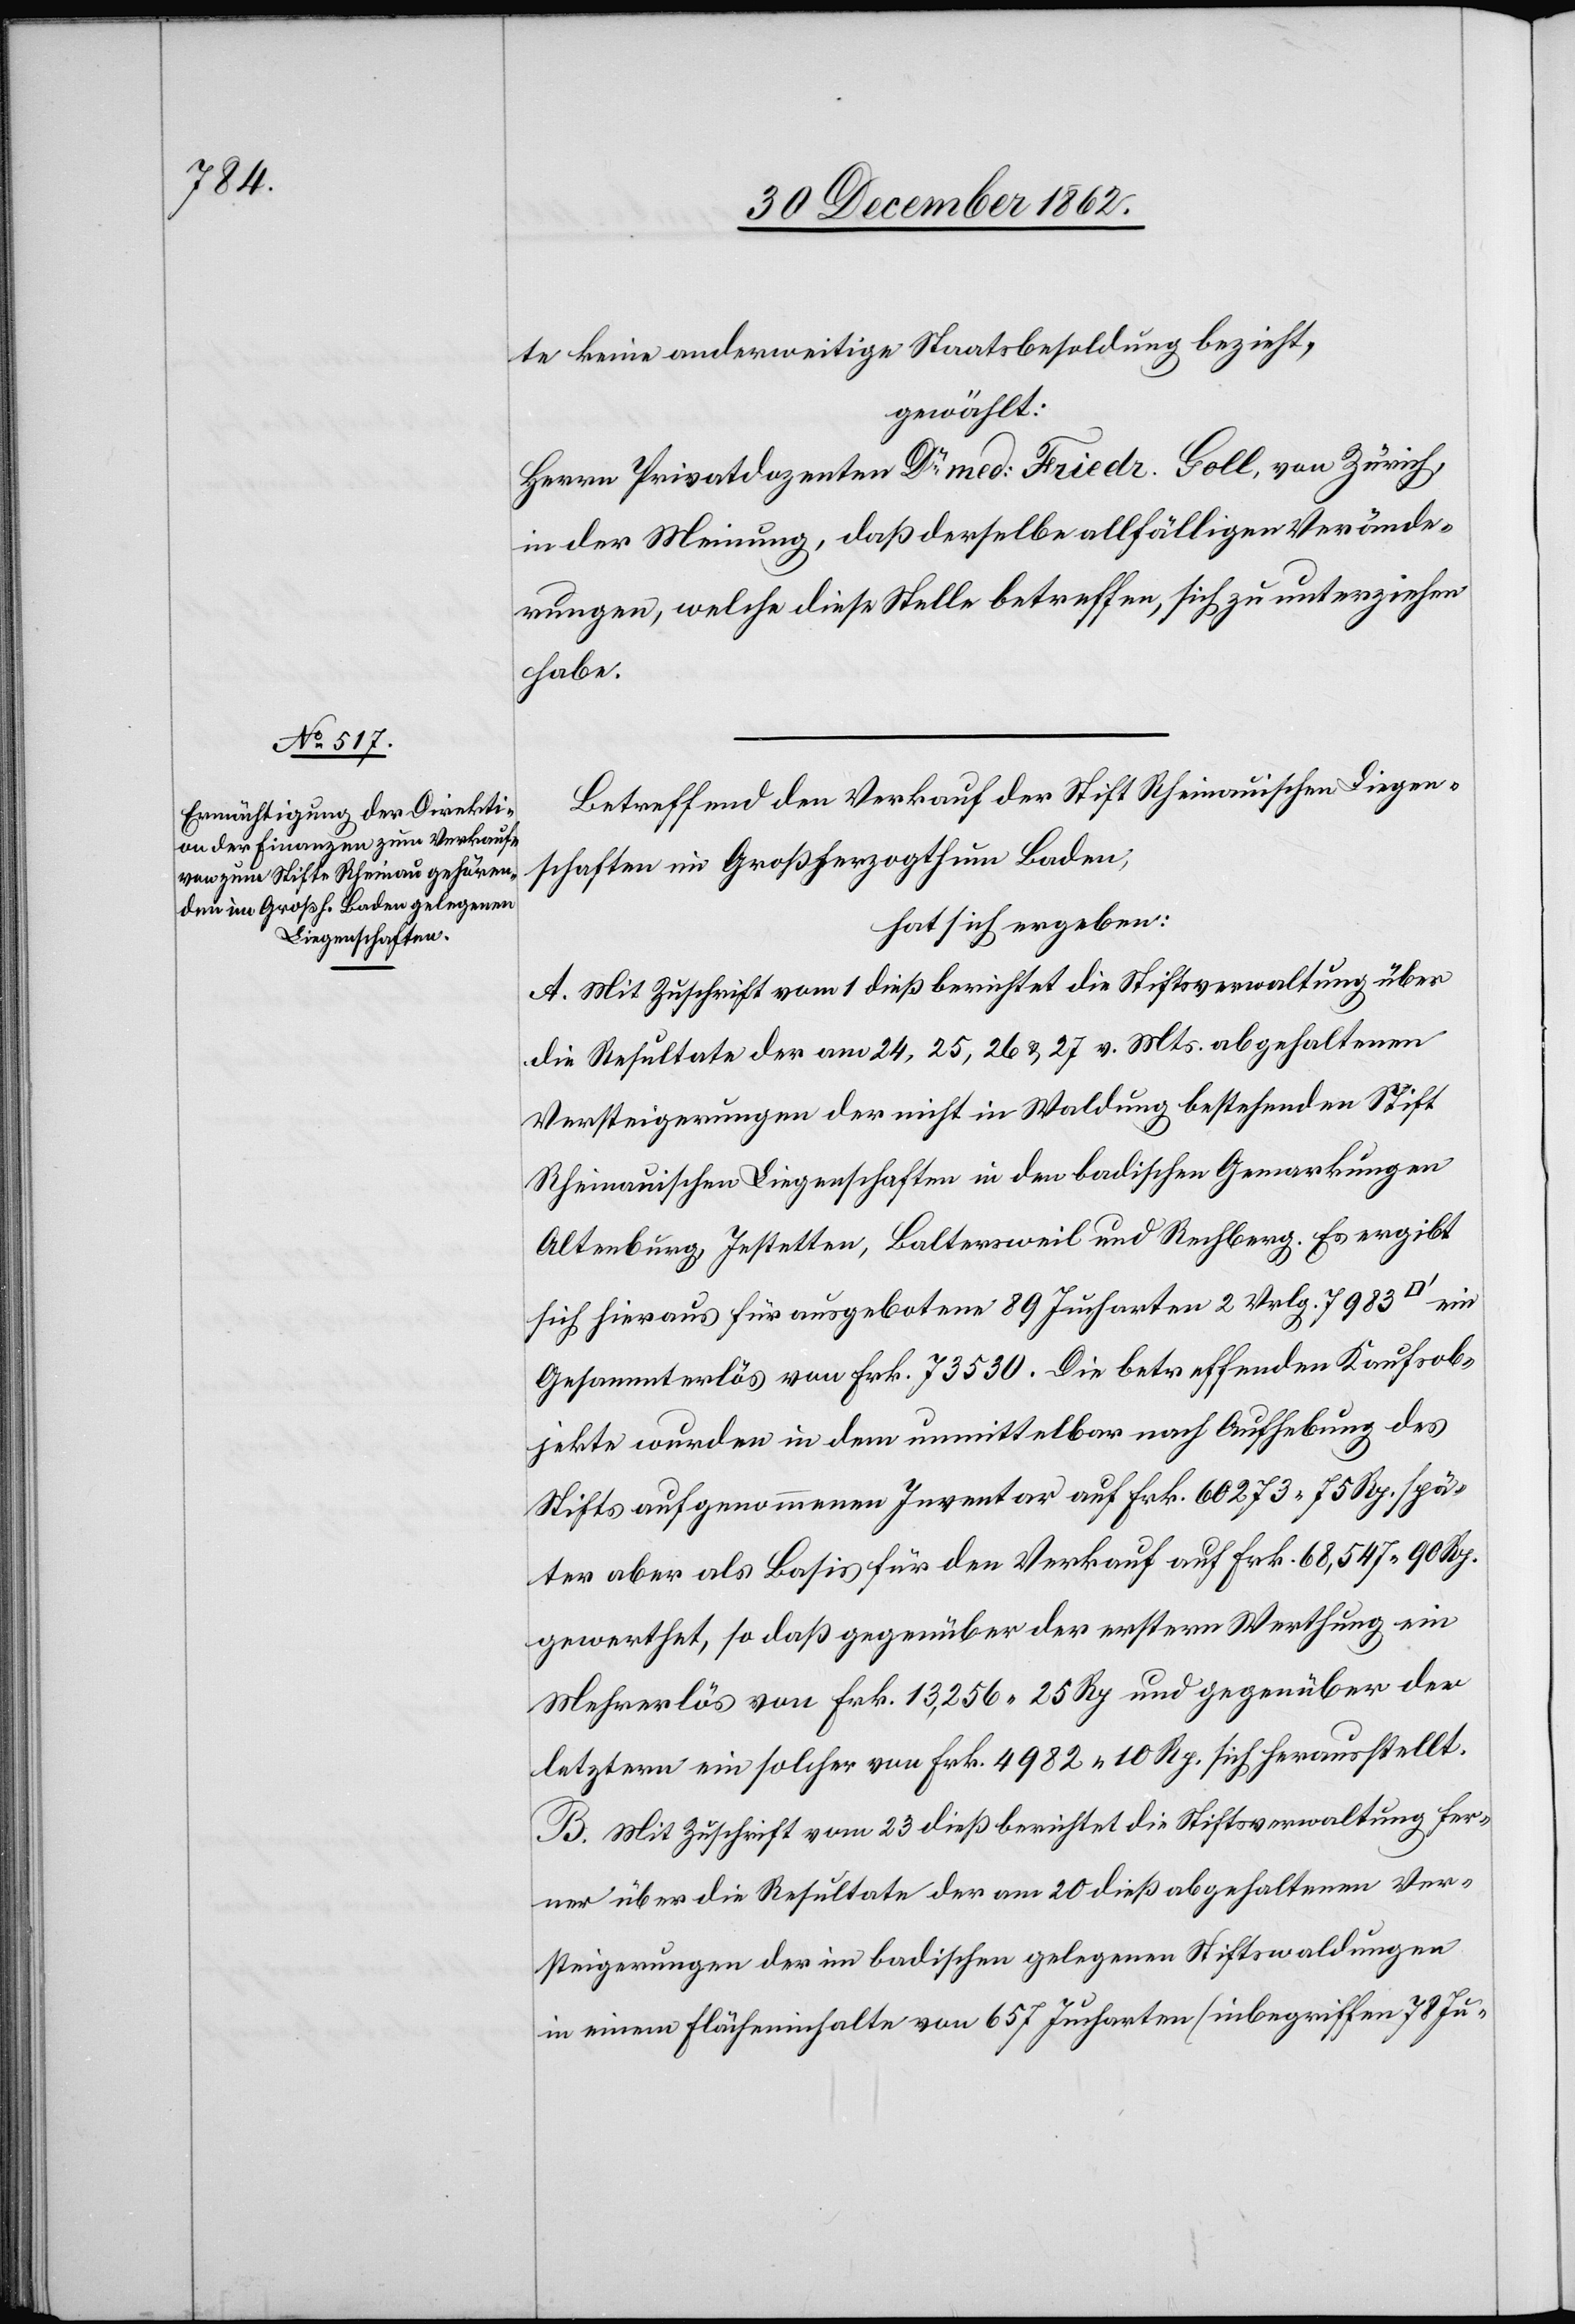
te keine anderweitige Staatsbesoldung bezieht,
gewählt:
Herrn Privatdozenten Dr med: Friedr. Goll, von Zürich,
in der Meinung, daß derselbe allfälligen Verände¬
rungen, welche diese Stelle betreffen, sich zu unterziehen
habe.
Betreffend den Verkauf der Stift Rheinauischen Liegen¬
schaften im Großherzogthum Baden,
hat sich ergeben:
A. Mit Zuschrift vom 1. dieß berichtet die Stiftsverwaltung über
die Resultate der am 24, 25, 26 u. 27. v. Mts. abgehaltenen
Versteigerungen der nicht in Waldung bestehenden Stift
Rheinauischen Liegenschaften in den badischen Gemarkungen
Altenburg, Jestetten, Baltersweil und Rechberg. Es ergibt
sich hieraus für ausgebotene 89 Jucharten 2 Vrlg. 7983
Gesammterlös von Frk. 73 530. Die betreffenden Kaufsob¬
jekte wurden in dem unmittelbar nach Aufhebung des
Stifts aufgenommenen Inventar auf Frk. 60 273 75 Rp. spä¬
ter aber als Basis für den Verkauf auf Frk. 68,547 90 Rp.
gewerthet, so daß gegenüber der erstern Werthung in
Mehrerlös von Frk. 13,256 25 Rp. und gegenüber der
letztern ein solcher von Frk. 4982 10 Rp. sich herausstellt.
B. Mit Zuschrift vom 23. dieß berichtet die Stiftsverwaltung fer¬
ner über die Resultate der am 20. dieß abgehaltenen Ver¬
steigerungen der im badischen gelegenen Stiftswaldungen
in einem Flächeninhalte von 657 Jucharten (inbegriffen 78 Ju-